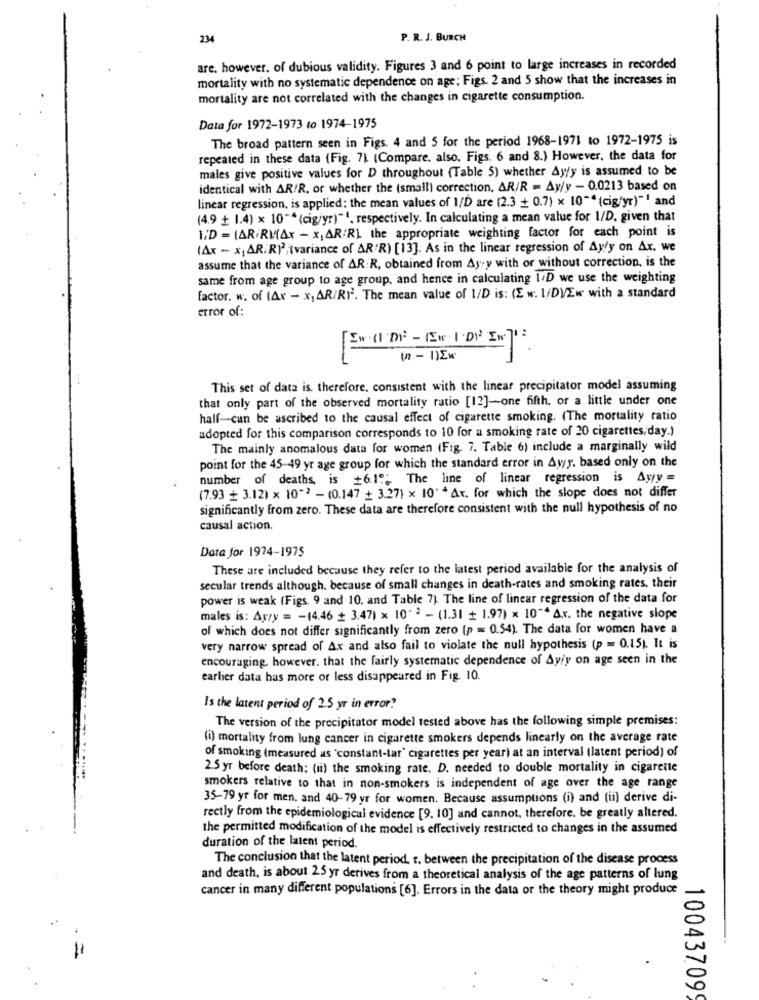
P. R. J. BURCH
are. however, of dubious validity. Figures 3 and 6 point to large increases in recorded
mortality with no systematic dependence on age; Figs. 2 and 5 show that the increases in
mortality are not correlated with the changes in cigarette consumption.
Data for 1972-1973 to 1974-1975
The broad pattern seen in Figs. 4 and S for the period 1968-1971 to 1972-1975 is
repeated in these data (Fig. 7) (Compare. also. Figs. 6 and 8.) However, the data for
males give positive values for D throughout (Table 5) whether Ay/y is assumed to be
identical with AR/R. or whether the (small) correction, AR/R = Ay/y - 0.0213 based on
linear regression, is applied: the mean values of 1/D are (2.3 + 0.7) x 10"" (cig/yr)"1 and
(4.9 + 1.4) x 10"* (cig/yr)"1, respectively. In calculating a mean value for 1/D, given that
ID = (ARRMAY - XAR/R) the appropriate weighting factor for each point is
(Ax - x, AR.R)2;(variance of AR'R) [13]. As in the linear regression of Ay/y on Ax. we
assume that the variance of AR R, obtained from Ayyy with or without correction, is the
same from age group to age group, and hence in calculating 1/D we use the weighting
factor. w. of (Ax - x, AR/RI'. The mean value of 1/D is: (E w. 1/DVEw with a standard
error of:
EN ( DP-(EW 1.DIP EN71.
(n - 1)Ek
This set of data is. therefore, consistent with the linear precipitator model assuming
that only part of the observed mortality ratio [12]-one fifth, or a little under one
half-can be ascribed to the causal effect of cigarette smoking. (The mortality ratio
adopted for this comparison corresponds to 10 for a smoking rate of 20 cigarettes, day.)
The mainly anomalous data for women (Fig. 7. Table 6) include a marginally wild
point for the 45-49 yr age group for which the standard error in Awy, based only on the
number of deaths, is +6.19; The line of linear regression is Ayy =
(7.93 + 3.12) x 10-2 - (0.147 + 3.27) x 10"* Ar. for which the slope does not differ
significantly from zero. These data are therefore consistent with the null hypothesis of no
causal action.
Data for 1974-1975
These are included because they refer to the latest period available for the analysis of
secular trends although. because of small changes in death-rates and smoking rates, their
power is weak (Figs. 9 and 10. and Table 7). The line of linear regression of the data for
males is: Arry = - (4.46 + 3.47) x 10" 2 - (1.31 + 1.97) x 10"* Av. the negative slope
of which does not differ significantly from zero (p = 0.54). The data for women have a
very narrow spread of Ax and also fail to violate the null hypothesis (p = 0.15). It is
encouraging. however, that the fairly systematic dependence of Ay/y on age seen in the
earlier data has more or less disappeared in Fig. 10.
Is the latent period of 2.5 yr in error.
The version of the precipitator model tested above has the following simple premises:
(i) mortality from lung cancer in cigarette smokers depends linearly on the average rate
of smoking (measured as 'constant-lar' cigarettes per year) at an interval (latent period) of
2.5 yr before death; (ii) the smoking rate. D. needed to double mortality in cigarette
smokers relative to that in non-smokers is independent of age over the age range
35-79 yr for men. and 40-79 yr for women. Because assumptions (i) and (ii) derive di-
rectly from the epidemiological evidence [9. 10] and cannot, therefore, be greatly altered.
the permitted modification of the model is effectively restricted to changes in the assumed
duration of the latent period.
The conclusion that the latent period. r. between the precipitation of the disease process
and death, is about 2.5 yr derives from a theoretical analysis of the age patterns of lung
cancer in many different populations [6]. Errors in the data or the theory might produce
10043709